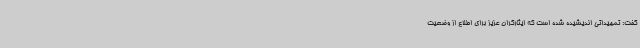
گفت: تمهیداتی اندیشیده شده است که ایثارگران عزیز برای اطلاع از وضعیت